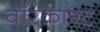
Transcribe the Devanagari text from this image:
वॉरक्राफ्ट